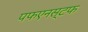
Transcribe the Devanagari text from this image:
पफएनस्टफ